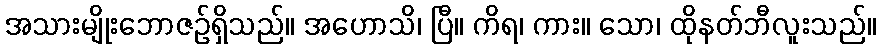
အသားမျိုးဘောဇဉ်ရှိသည်။ အဟောသိ၊ ပြီ။ ကိရ၊ ကား။ သော၊ ထိုနတ်ဘီလူးသည်။